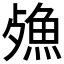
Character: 𣩕